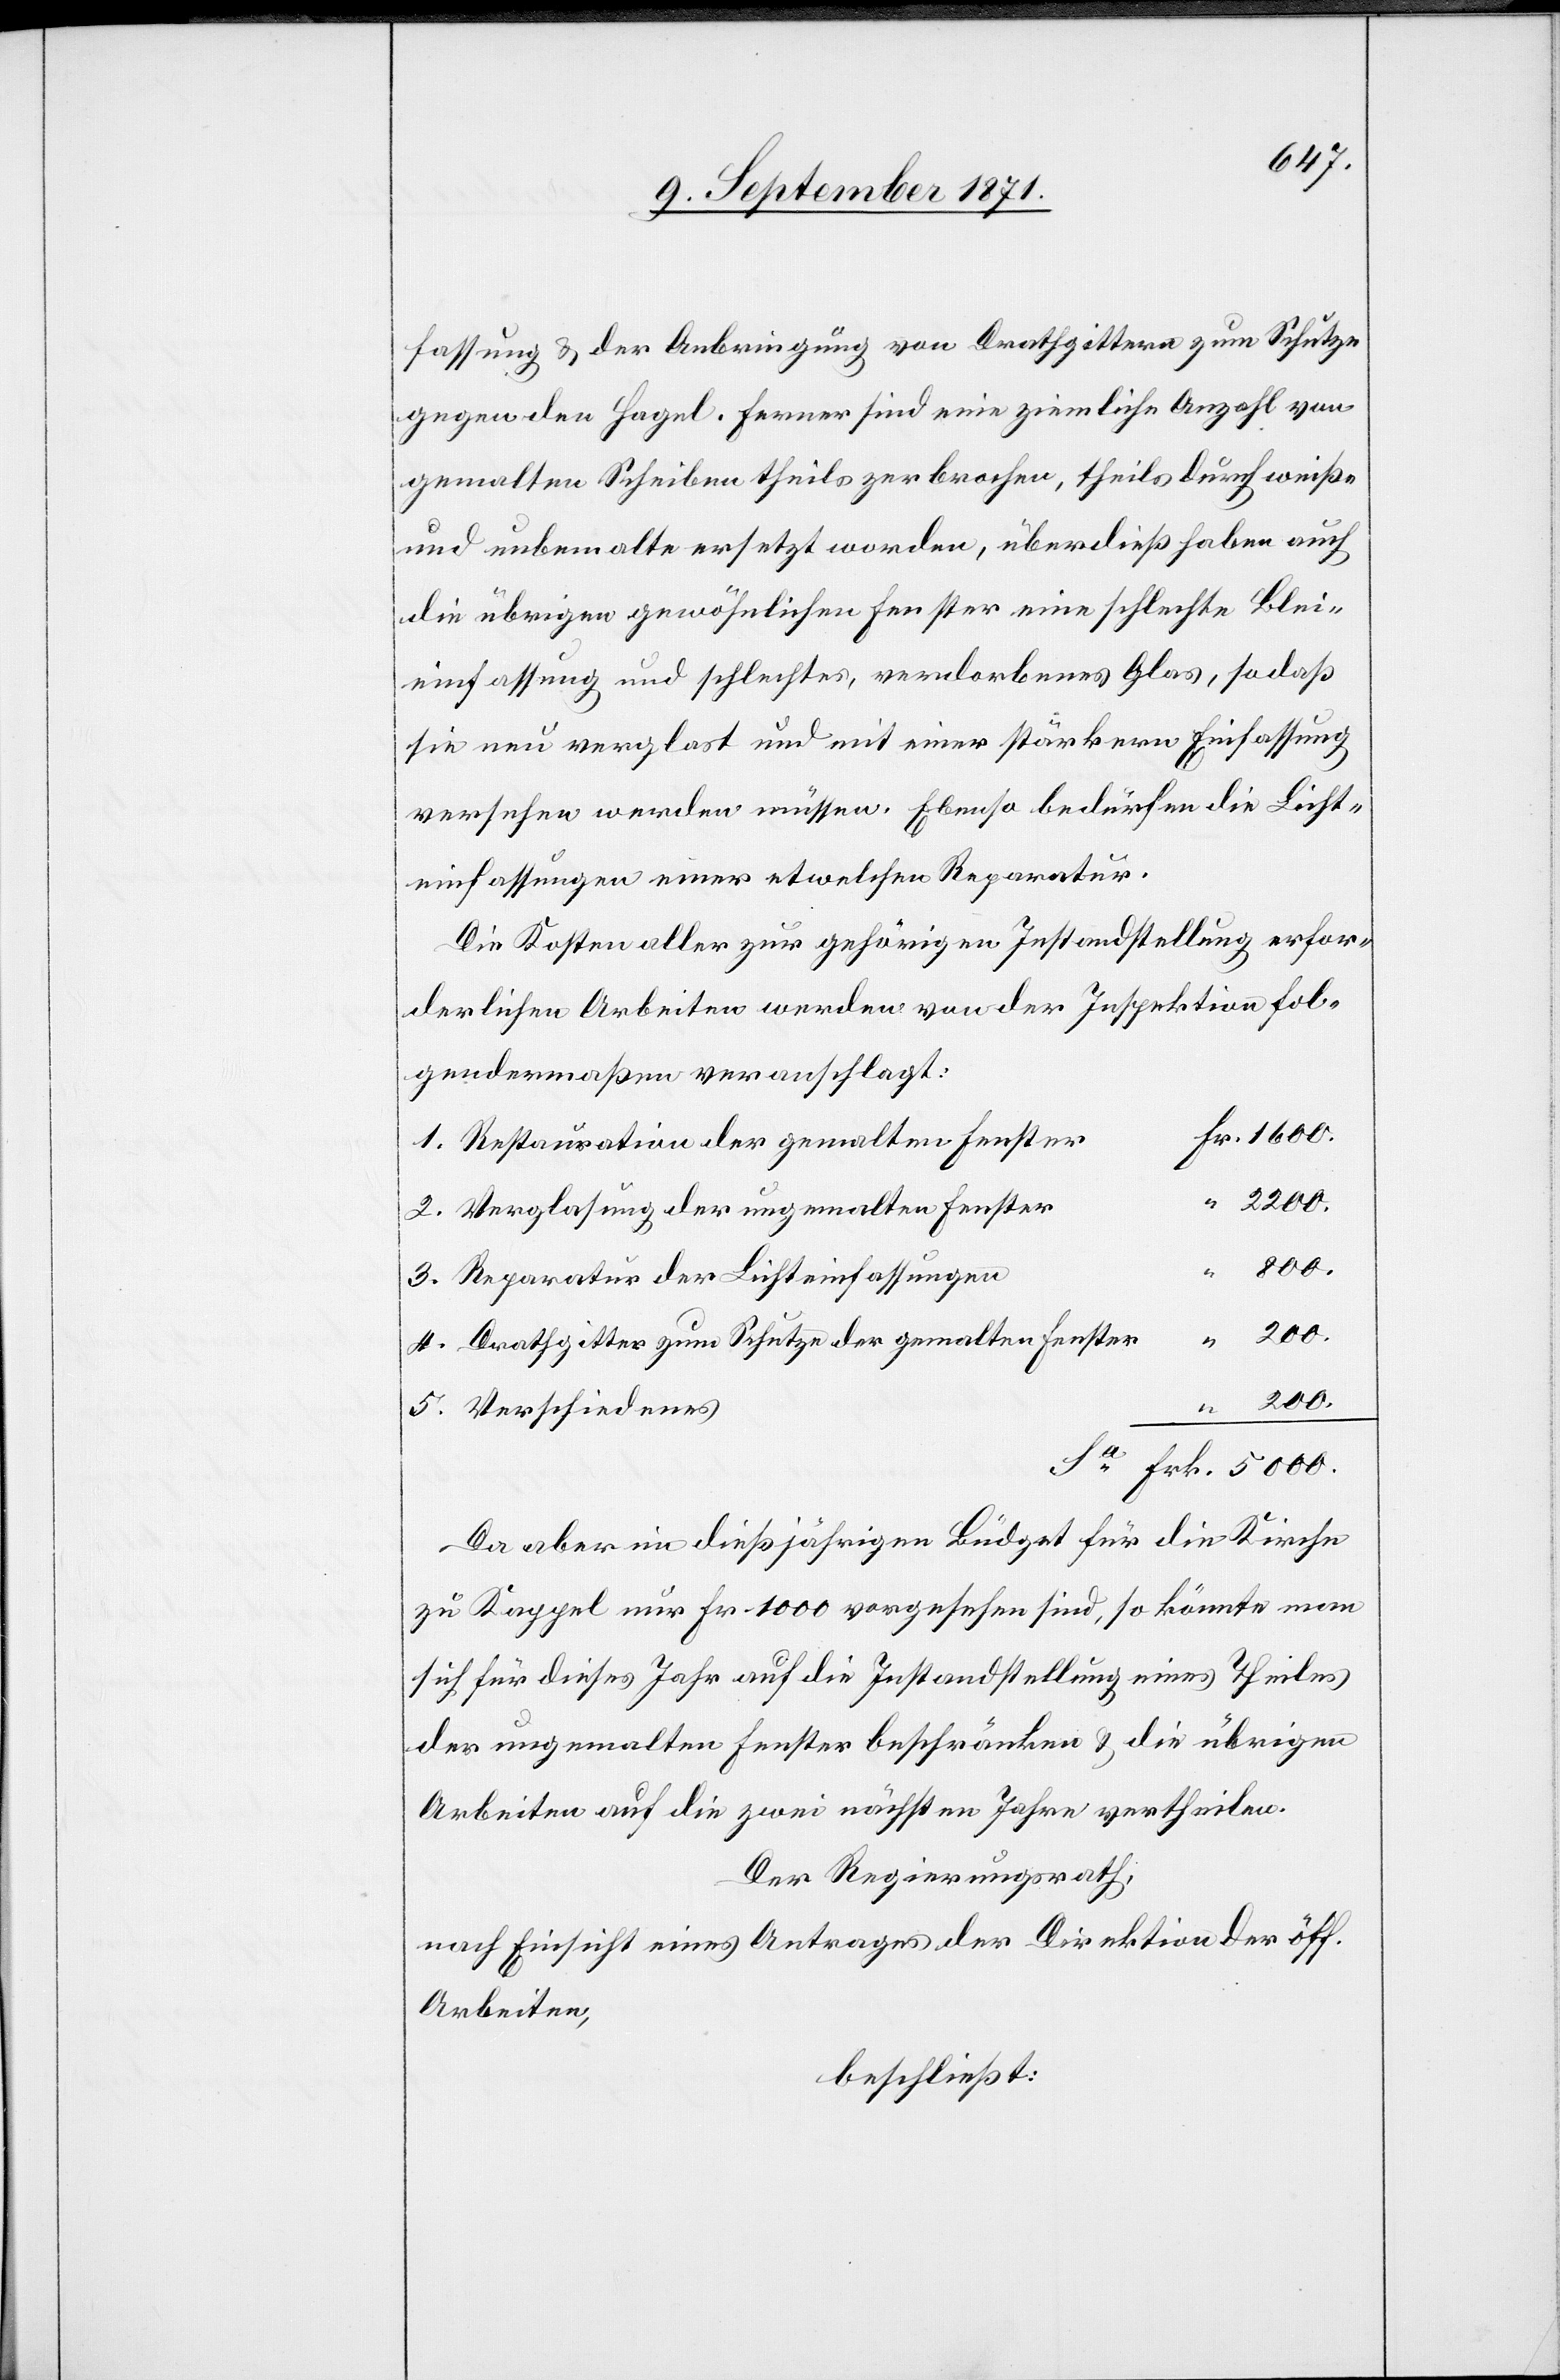
fassung & der Anbringung von Drathgittern zum Schutze
gegen den Hagel. Ferner sind eine ziemliche Anzahl von
gemalten Scheiben theils zerbrochen, theils durch weiße
und unbemalte ersetzt worden, überdieß haben auch
die übrigen gewöhnlichen Fenster eine schlechte Blei¬
einfassung und schlechtes, verdorbenes Glas, sodaß
sie neu verglast und mit einer stärkern Einfassung
versehen werden müssen. Ebenso bedürfen die Licht¬
einfassungen einer etwelchen Reparatur.
Die Kosten aller zur gehörigen Instandhaltung erfor¬
derlichen Arbeiten werden von der Inspektion fol¬
gendermaßen veranschlagt:
1. Restauration der gemalten Fenster
2. Verglasung der ungemalten Fenster
5000.
3. Reparatur der Lichteinfassungen
4. Drathgitter zum Schutze der gemalten Fenster
200.
5. Verschiedenes
Da aber im dießjährigen Büdget für die Kirche
zu Kappel nur Fr. 1000 vorgesehen sind, so könnte man
sich für dieses Jahr auf die Instandhaltung eines Theiles
der ungemalten Fenster beschränken & die übrigen
Arbeiten auf die zwei nächsten Jahre vertheilen.
Der Regierungsrath,
nach Einsicht eines Antrages der Direktion der öff.
Arbeiten,
beschließt: